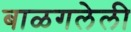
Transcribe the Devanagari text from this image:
बाळगलेली